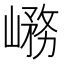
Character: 𡺱